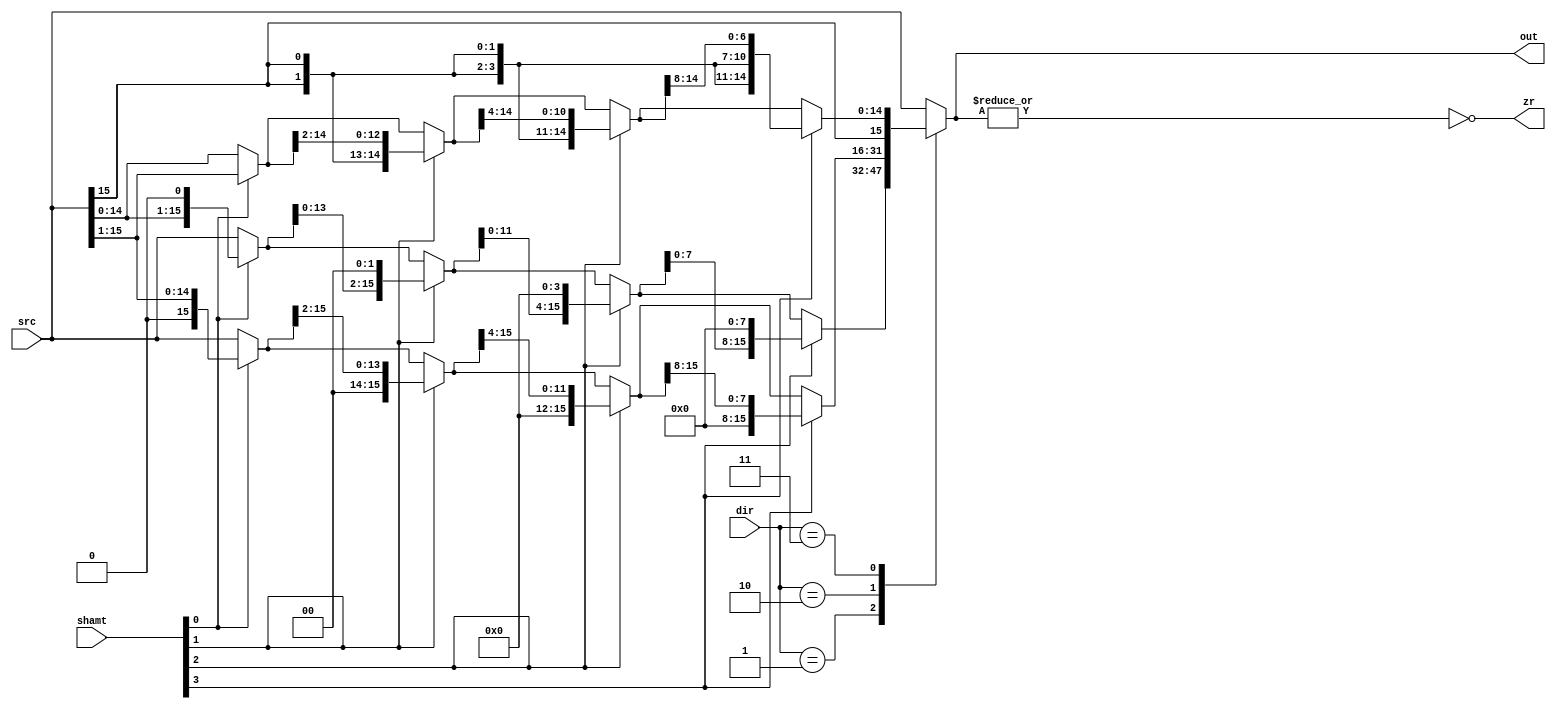
module shifter(src, shamt, out, dir, zr);

localparam SLL = 2'b01;
localparam SRL = 2'b10;
localparam SRA = 2'b11;

input[15:0] src;
input [3:0] shamt;
input [1:0] dir;
output reg [15:0] out;
output reg zr;

reg [15:0] inter0;
reg [15:0] inter1;
reg [15:0] inter2;

always @(*) begin
	case (dir)
		SLL : begin // Shift left logical
			inter0 = shamt[0] ? {src[14:0],    1'b0}  : src;
			inter1 = shamt[1] ? {inter0[13:0], 2'b00} : inter0;
			inter2 = shamt[2] ? {inter1[11:0], 4'b0000}  : inter1;
			out    = shamt[3] ? {inter2[7:0],  8'b00000000} : inter2;
		end
		SRL : begin // Shift right logical
			inter0 = shamt[0] ? {1'b0,  src[15:1]}    : src;
			inter1 = shamt[1] ? {2'b00, inter0[15:2]} : inter0;
			inter2 = shamt[2] ? {4'h0,  inter1[15:4]} : inter1;
			out    = shamt[3] ? {8'h00, inter2[15:8]} : inter2;
		end
		SRA : begin // Shift right arithetic
			inter0 = shamt[0] ? {src[15], src[15:1]} : src;
			inter1 = shamt[1] ? {{2{inter0[15]}}, inter0[15:2]} : inter0;
			inter2 = shamt[2] ? {{4{inter1[15]}}, inter1[15:4]} : inter1;
			out    = shamt[3] ? {{8{inter2[15]}}, inter2[15:8]} : inter2;
		end
		default : begin
			inter0 = 0;
			inter1 = 0;
			inter2 = 0;
			out = src;
		end
	endcase

	zr  = ~|out;
end

endmodule